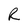
Character: R